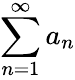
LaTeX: \sum_{n=1}^{\infty}a_{n}